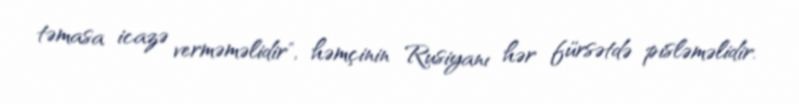
təmasa icazə verməməlidir", həmçinin Rusiyanı hər fürsətdə pisləməlidir.